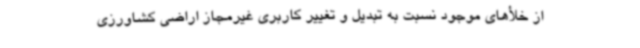
از خلأهای موجود نسبت به تبدیل و تغییر کاربری غیرمجاز اراضی کشاورزی